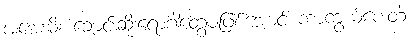
အအေးမိ၊ ချောင်းဆိုးရောဂါတွေမဖြစ်အောင် ကာကွယ်ပေးတဲ့